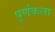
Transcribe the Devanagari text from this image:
पूर्णकला